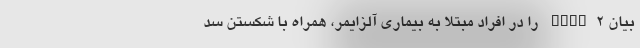
بیان FMNL۲ را در افراد مبتلا به بیماری آلزایمر، همراه با شکستن سد